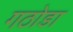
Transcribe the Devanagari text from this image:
गठोडा